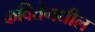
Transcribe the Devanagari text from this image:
कवितेमधील